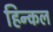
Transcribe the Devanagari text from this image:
हिन्कल